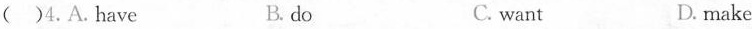
( )4.A.Have B. do C. want D. make